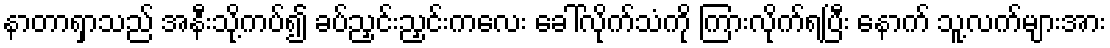
နာတာရှာသည် အနီးသို့ကပ်၍ ခပ်ညှင်းညှင်းကလေး ခေါ်လိုက်သံကို ကြားလိုက်ရပြီး နောက် သူ့လက်များအား